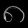
Digit: ၈